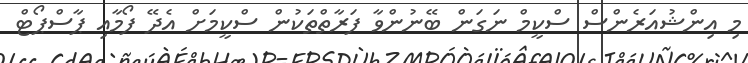
މި އިންޝުއަރެންސް ސްކީމް ނަގަން ބޭނުންވާ ފަރާތްތަކުން ސްކީމަށް އެދޭ ފޯމާއި ޕާސްޕޯޓް